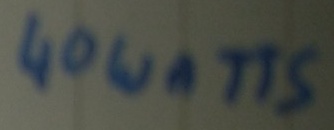
Text: 40 WATTS